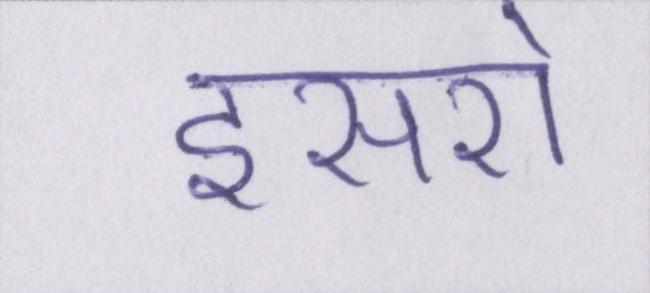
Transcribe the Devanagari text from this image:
इसरो